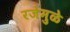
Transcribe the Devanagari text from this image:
रजेमुळे